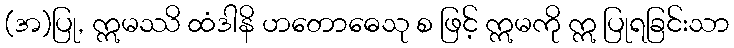
(အ)ပြု, ဣမဿိ ထံဒါနိ ဟတောဓေသု စ ဖြင့် ဣမကို ဣ ပြုရခြင်းသာ